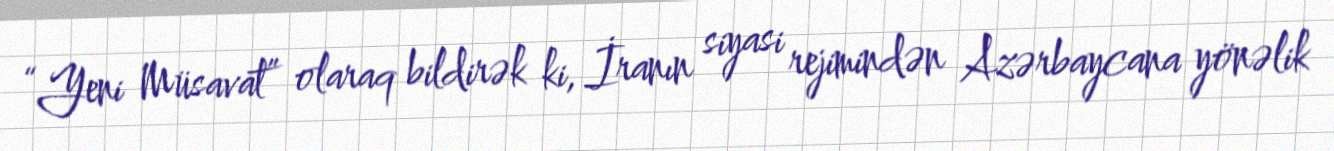
“Yeni Müsavat” olaraq bildirək ki, İranın siyasi rejimindən Azərbaycana yönəlik